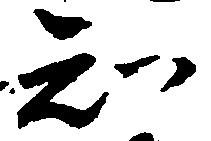
知